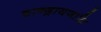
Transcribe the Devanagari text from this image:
चान्द्रायणादि